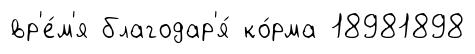
вр'е́м'я благодар'я́ ко́рма 18981898